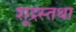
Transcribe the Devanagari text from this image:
शूद्रस्तथा